Annual report on the lock hospitals of the Madras Presidency
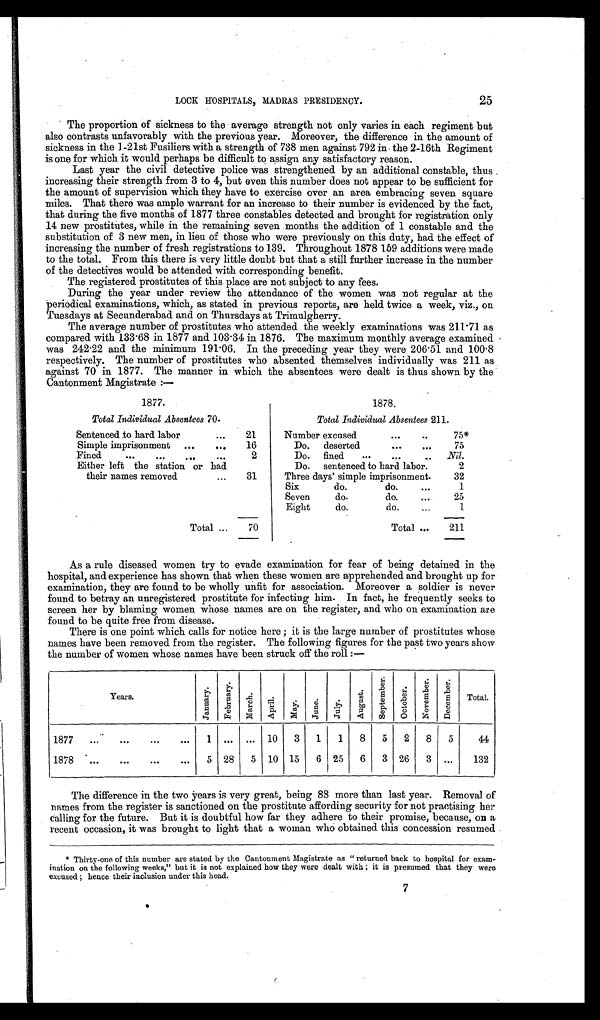
25
LOCK HOSPITALS, MADRAS PRESIDENCY.
The proportion of sickness to the average strength not only varies in each regiment but
also contrasts unfavorably with the previous year. Moreover, the difference in the amount of
sickness in the 1-21st Fusiliers with a strength of 738 men against 792 in the 2-16th Regiment
is one for which it would perhaps be difficult to assign any satisfactory reason.
Last year the civil detective police was strengthened by an additional constable, thus
increasing their strength from 3 to 4, but even this number does not appear to be sufficient for
the amount of supervision which they have to exercise over an area embracing seven square
miles. That there was ample warrant for an increase to their number is evidenced by the fact,
that during the five months of 1877 three constables detected and brought for registration only
14 new prostitutes, while in the remaining seven months the addition of 1 constable and the
substitution of 3 new men, in lieu of those who were previously on this duty, had the effect of
increasing the number of fresh registrations to 139. Throughout 1878 159 additions were made
to the total. From this there is very little doubt but that a still further increase in the number
of the detectives would be attended with corresponding benefit.
The registered prostitutes of this place are not subject to any fees.
During the year under review the attendance of the women was not regular at the
periodical examinations, which, as stated in previous reports, are held twice a week, viz., on
Tuesdays at Secunderabad and on Thursdays at Trimulgherry.
The average number of prostitutes who attended the weekly examinations was 211·71 as
compared with 133 . 68 in 1877 and 103 . 34 in 1876. The maximum monthly average examined
was 242 . 22 and the minimum 191 . 06. In the preceding year they were 206·51 and 100·8
respectively. The number of prostitutes who absented themselves individually was 211 as
against 70 in 1877. The manner in which the absentees were dealt is thus shown by the
Cantonment Magistrate:—
1877.
Total Individual Absentees 70.
Sentenced to hard labor
...
21
Simple imprisonment
...
...
16
Fined
...
...
...
...
2
Either left the station or had
their names removed
...
31
Total ...
70
1878.
Total Individual Absentees 211.
Number excused
...
. . .
75*
Do. deserted
...
. . .
75
Do. fined
...
...
. . .
Nil.
Do. sentenced to hard labor.
2
Three days' simple imprisonment.
32
Six do. do.
. . .
1
Seven do. do.
...
25
Eight do. do.
...
1
Total ...
211
As a rule diseased women try to evade examination for fear of being detained in the
hospital, and experience has shown that when these women are apprehended and brought up for
examination, they are found to be wholly unfit for association. Moreover a soldier is never
found to betray an unregistered prostitute for infecting him. In fact, he frequently seeks to
screen her by blaming women whose names are on the register, and who on examination are
found to be quite free from disease.
There is one point which calls for notice here; it is the large number of prostitutes whose
names have been removed from the register. The following figures for the past two years show
the number of women whose names have been struck off the roll:—
Years.
J a n u a r y .
F e b r u a r y .
Ma r c h .
Ap r i l .
May. June.
J u l y .
A u g u s t .
S e p t e m b e r .
O c t o b e r .
N o v e m b e r .
D e c e m b e r .
Total.
1877
...
...
...
...
1 ... ... 10
3
1
1
8
5
2
8
5
44
1878
...
...
...
...
5 28
5 10 15
6 25
6
3 26
3 ...
132
The difference in the two years is very great, being 88 more than last year. Removal of
names from the register is sanctioned on the prostitute affording security for not practising her
C a l l i n g
f o r t h e f u t u r e . B u t i t i s d o u b t f u l h o w f a r t h e y a d h e r e t o t h e i r p r o m i s e , b e c a u s e , o n a
recent occasion, it was brought to light that a woman who obtained this concession resumed
* Thirty-one of this number are stated by the Cantonment Magistrate as " returned back to hospital for exam-
ination on the following weeks," but it is not explained how they were dealt with; it is presumed that they were
excused; hence their inclusion under this head.
7